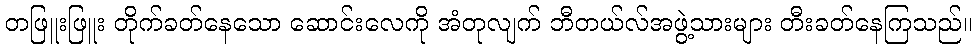
တဖြူးဖြူး တိုက်ခတ်နေသော ဆောင်းလေကို အံတုလျက် ဘီတယ်လ်အဖွဲ့သားများ တီးခတ်နေကြသည်။